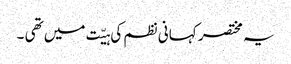
یہ مختصر کہانی نظم کی ہیّت میں تھی ۔